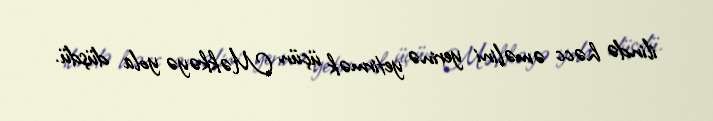
ilində həcc əməlini yerinə yetirmək üçün Məkkəyə yola düşdü.